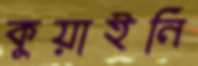
কুয়াইনি